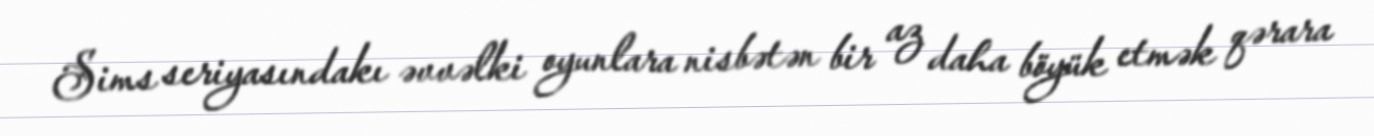
Sims seriyasındakı əvvəlki oyunlara nisbətən bir az daha böyük etmək qərara